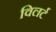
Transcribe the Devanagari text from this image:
विलर्ट